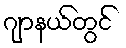
ဂျာနယ်တွင်